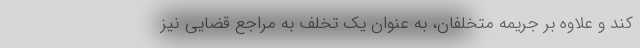
کند و علاوه بر جریمه متخلفان، به عنوان یک تخلف به مراجع قضایی نیز